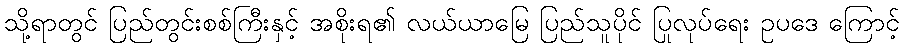
သို့ရာတွင် ပြည်တွင်းစစ်ကြီးနှင့် အစိုးရ၏ လယ်ယာမြေ ပြည်သူပိုင် ပြုလုပ်ရေး ဥပဒေ ကြောင့်